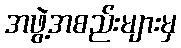
အဖွဲ့အစည်းများမှ